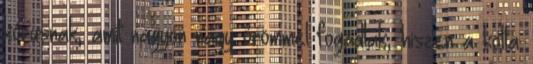
kórusnak, amit nagyon nagy örömmel fogadtak, hiszen a kotta